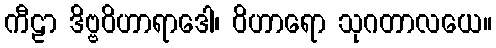
ကီဠာ ဒိဗ္ဗဝိဟာရာဒေါ၊ ဝိဟာရော သုဂတာလယေ။